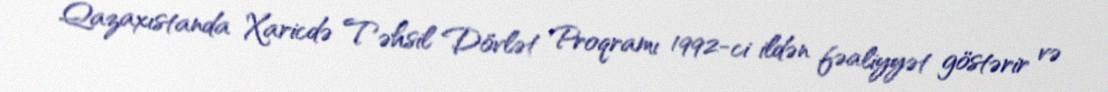
Qazaxıstanda Xaricdə Təhsil Dövlət Proqramı 1992-ci ildən fəaliyyət göstərir və